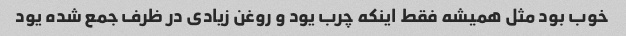
خوب بود مثل همیشه فقط اینکه چرب یود و روغن زیادی در ظرف جمع شده یود